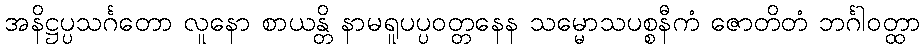
အနိဋ္ဌပ္ပသင်္ဂတော လူနော စာယန္တိ နာမရူပပ္ပဝတ္တနေန သမ္မောသပစ္စနီကံ ဇောတိတံ ဘင်္ဂါဝတ္ထာ